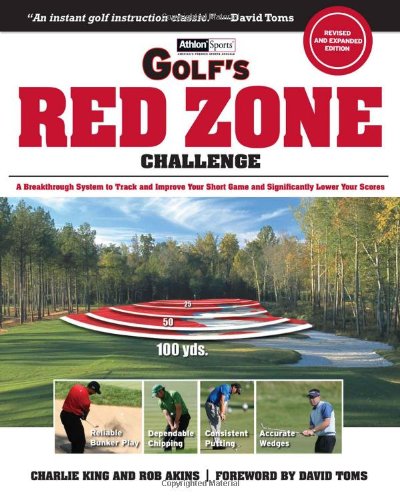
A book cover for Golf's Red Zone Challenge: A Breakthrough System to Track and Improve Your Short Game and Significantly Lower Your Scores; Charlie King; Sports & Outdoors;